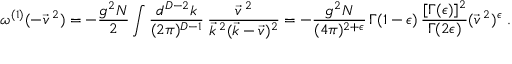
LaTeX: \omega ^ { ( 1 ) } ( - \vec { v } ^ { \: 2 } ) = - \frac { g ^ { 2 } N } { 2 } \int \frac { d ^ { D - 2 } k } { ( 2 \pi ) ^ { D - 1 } } \: \frac { \vec { v } ^ { \: 2 } } { \vec { k } ^ { \: 2 } ( \vec { k } - \vec { v } ) ^ { 2 } } = - \frac { g ^ { 2 } N } { ( 4 \pi ) ^ { 2 + \epsilon } } \, \Gamma ( 1 - \epsilon ) \, \frac { [ \Gamma ( \epsilon ) ] ^ { 2 } } { \Gamma ( 2 \epsilon ) } ( \vec { v } ^ { \: 2 } ) ^ { \epsilon } \; .